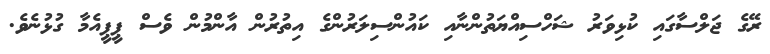
ރޭގެ ޖަލްސާގައި ކުޅިވަރު ޝަހްސިއްޔަތުންނާއި ކައުންސިލަރުންގެ އިތުރުން އާންމުން ވެސް ޕީޕީއެމާ ގުޅުނެވެ.